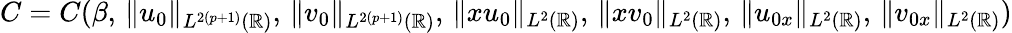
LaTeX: \begin{array}{r}{C=C(\beta,\, \| u_{0}\| _{L^{2(p+1)}(\mathbb{R})},\, \| v_{0}\| _{L^{2(p+1)}(\mathbb{R})},\, \| xu_{0}\| _{L^{2}(\mathbb{R})},\, \| xv_{0}\| _{L^{2}(\mathbb{R})},\, \| u_{0x}\| _{L^{2}(\mathbb{R})},\, \| v_{0x}\| _{L^{2}(\mathbb{R})})}\end{array}